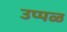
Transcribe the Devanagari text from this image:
उप्पळ